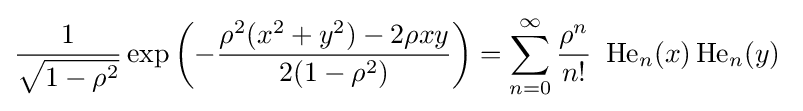
{\frac {1}{\sqrt {1-\rho ^{2}}}}\exp \left(-{\frac {\rho ^{2}(x^{2}+y^{2})-2\rho xy}{2(1-\rho ^{2})}}\right)=\sum _{n=0}^{\infty }{\frac {\rho ^{n}}{n!}}~\operatorname {He} _{n}(x)\operatorname {He} _{n}(y)~